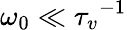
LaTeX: \omega_{0}\ll{\tau_{v}}^{-1}